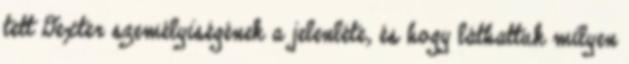
tett Dexter személyiségének a jelenléte, és hogy láthattuk milyen